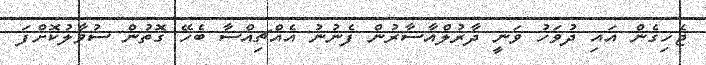
ޖެހިގެން އައި ދުވަހު ވަނީ ދާރުލްއާސާރުން ފެނުނު އެއްޗިއްސާ ބެހޭ ގޮތުން ސުވާލުކޮށްފަ